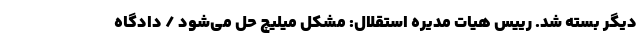
دیگر بسته شد. رییس هیات مدیره استقلال: مشکل میلیچ حل می‌شود / دادگاه